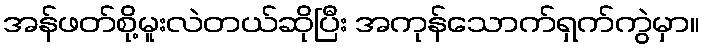
အန်ဖတ်စို့မူးလဲတယ်ဆိုပြီး အကုန်သောက်ရှက်ကွဲမှာ။